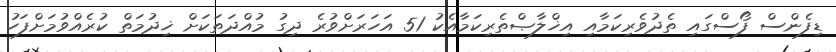
ޑިފެންސް ފޯސްގައި ތެދުވެރިކަމާއި އިޚްލާޞްތެރިކަމާއެކު 51 އަހަރަށްވުރެ ދިގު މުއްދަތަކަށް ޚިދުމަތް ކުރެއްވުމަށްފަހު